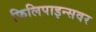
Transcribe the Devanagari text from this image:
फिलिपाइन्सवर